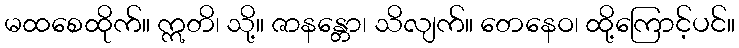
မထစေထိုက်။ ဣတိ၊ သို့။ ဇာနန္တော၊ သိလျက်။ တေနေဝ၊ ထို့ကြောင့်ပင်။